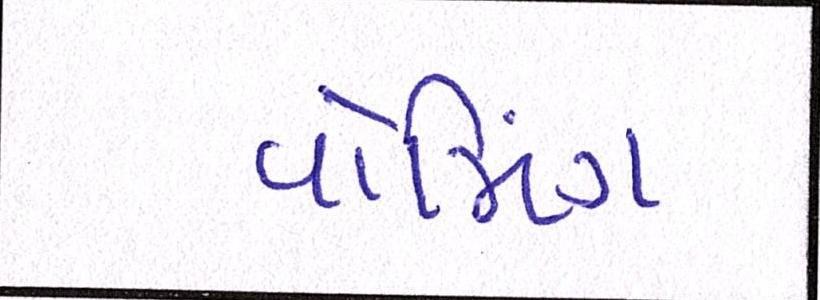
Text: વોર્મિંગ